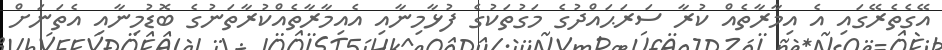
އޭގެތެރޭގައި އެ އިމާރާތެއް ކުރާ ސަރަޙައްދުގެ މަގުތަކުގެ ފުޅާމިނާއި އެއިމާރާތެއްކުރާތަނުގެ ބޮޑުމިނާއި އެތަނަށް